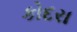
કોદરા